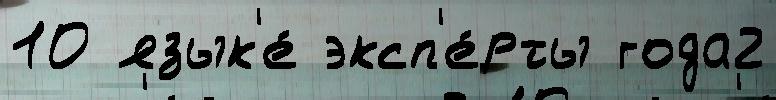
10 язык'е́ эксп'е́рты года2